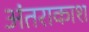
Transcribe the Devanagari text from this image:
अंतराकाश